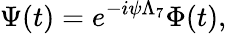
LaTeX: \Psi(t)=e^{-i\psi\Lambda_{7}}\Phi(t),